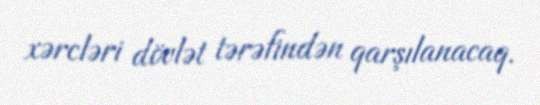
xərcləri dövlət tərəfindən qarşılanacaq.